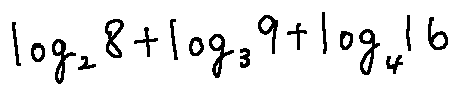
\log _ { 2 } 8 + \log _ { 3 } 9 + \log _ { 4 } 1 6